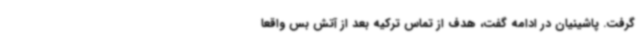
گرفت. پاشینیان در ادامه گفت، هدف از تماس ترکیه بعد از آتش بس واقعا